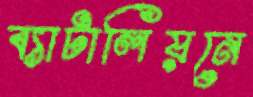
ব্যাটালিয়নে